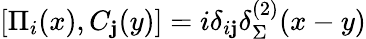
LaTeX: \left[\Pi_{i}(x),C_{\mathbf{j}}(y)\right]=i\delta_{i\mathbf{j}}\delta_{\Sigma}^{(2)}(x-y)